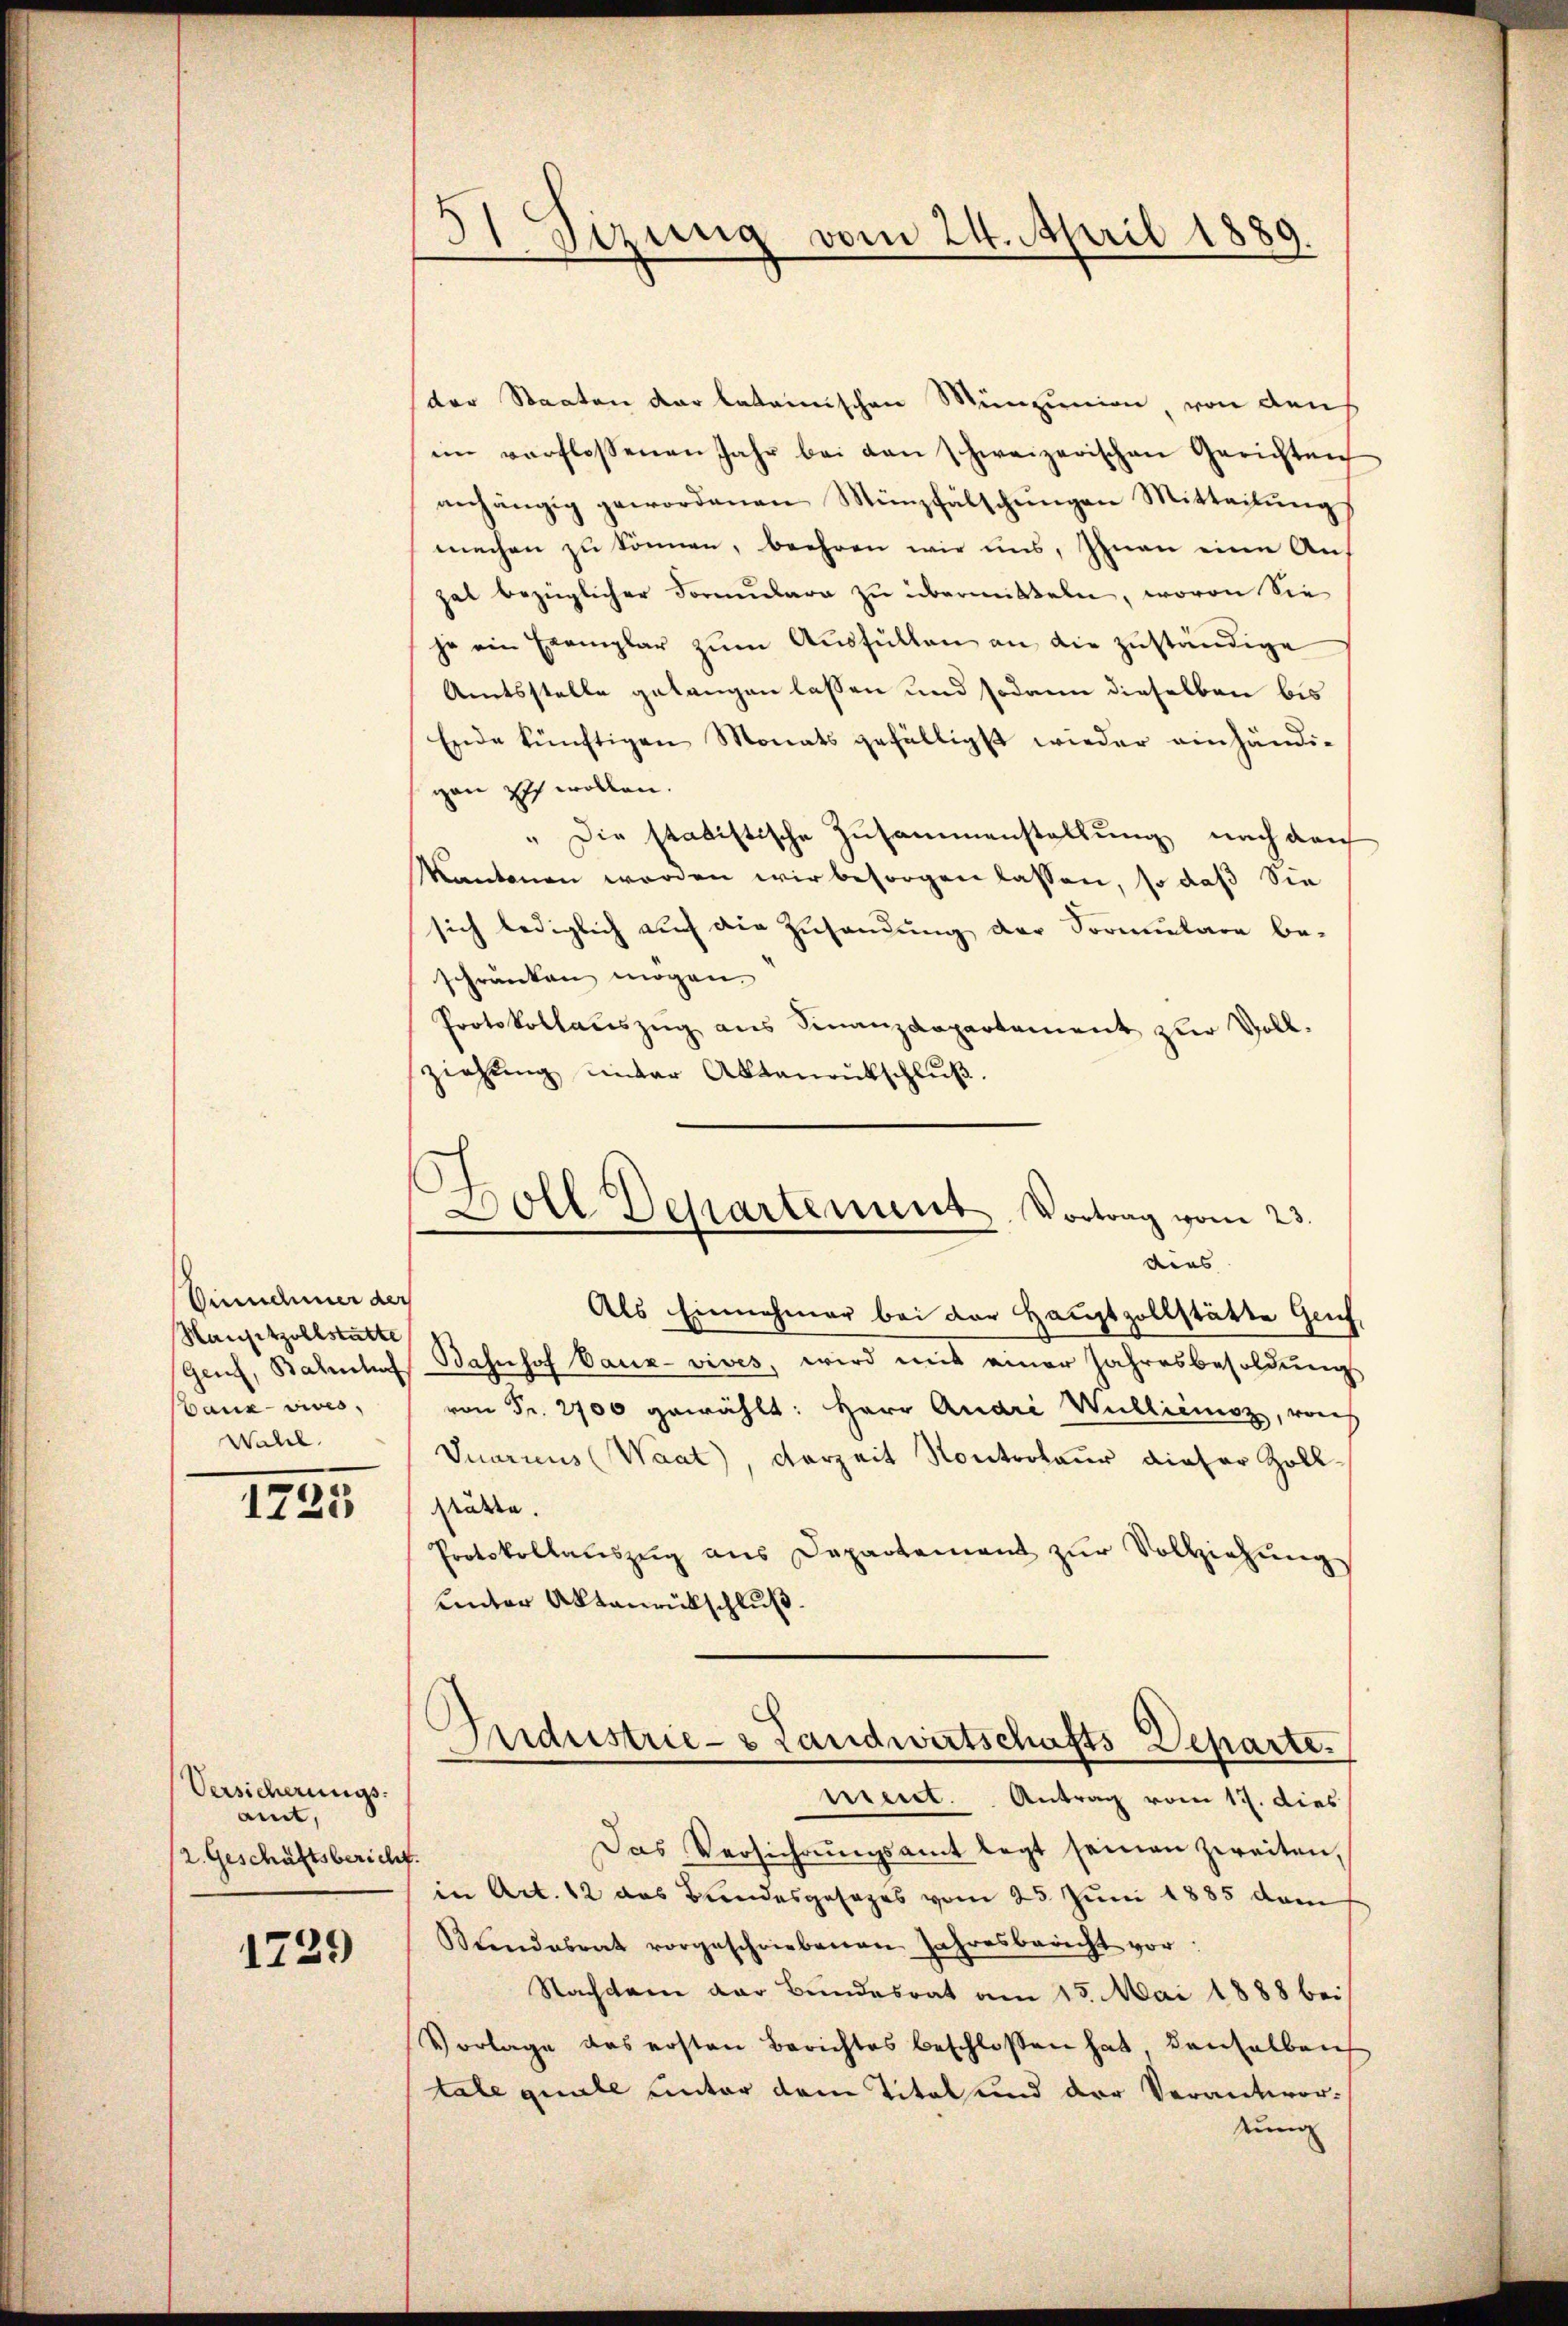
Sinnehmer der
Hansitzollstatte
Genf, Bahnhof
baus vives,
Wahl.

1225

Versicherungs-
amt,
2. Geschäftsbericht

1739

31 Sizung vom 24. April 1889.

.
Doll Departement. Vortrag vom 23.
dies

der Staaten der lateinischen Münzunion, von den
im verflossenen Jahr bei den schweizerischen Gerichten
anhängig gewordenen Münzfälschŭngen Mitteilŭng
machen zu können, beehren wir uns, Ihnen eine Auf
zal bezüglicher Formulara zu übermitteln, wovon Sie
je ein Exemplar zŭm Aŭsfüllen an die zŭständige
Amtsstelle gelangen lassen und sodann dieselben bis
Ende künftigen Monats gefälligst wieder einhändi-
gan ich wollen.
„Die statistische Zusammenstellung nach dem
kantonen werden wir besorgen lassen, so daß Sie
sich lediglich auch die Zusendung der Sormulare be-
schränken mögen.
Protokollauszug aus Finanzdepartement zur Vollziehung unter Aktenrütschluß.

Als Einnehmer bei der Hauptzollstätte Genf,
Bahnhof baux- vives, wird mit einer Jahresbesoldŭng
von Fr. 2700 gewählt: Herr Quari Wullienoz, von
Juaricus (Waat), Verzeit Kontroleur dieser Zollstätte.
Protokollaŭszŭg ans Departement zŭr Vollziehŭng
unter Aktenrückschluß.
Industrie- & Landwirtschafts Departe.
niert. Antrag vom 17. dies
Das Verführŭngsamt legt seinen zweiten,
in Art. 12 das Bundesgesages vom 25. Juni 1885 dem
Kundesrat vorgeschriebenen Jahresbericht vor:
Nachdem der Bundesrat am 15. Mai 1888 bei
Vorlage das ersten Berichtes beschlossen hat denselben
tale quale unter dem Titel und der Verantwortung